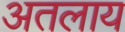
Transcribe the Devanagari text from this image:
अतलाय